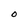
Character: 0